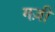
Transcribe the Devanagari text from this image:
मज़ी